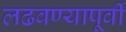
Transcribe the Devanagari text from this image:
लढवण्यापूर्वी